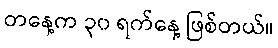
တနေ့က ၃၀ ရက်နေ့ ဖြစ်တယ်။